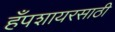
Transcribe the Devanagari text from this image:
हँपशायरसाठी